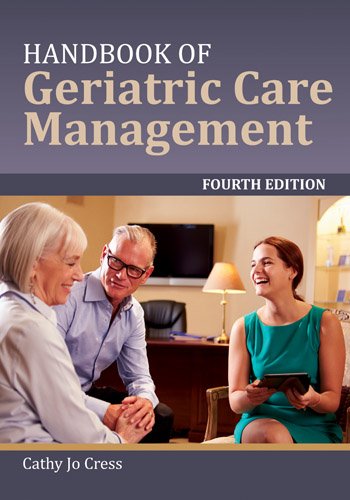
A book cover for Handbook Of Geriatric Care Management; Cathy Jo Cress; Medical Books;